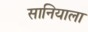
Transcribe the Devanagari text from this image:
सानियाला